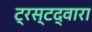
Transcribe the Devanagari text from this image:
ट्रस्टद्वारा